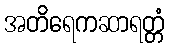
အတိရေကဆာရတ္တံ